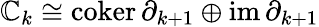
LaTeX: \mathbb{C}_{k}\cong\operatorname{coker}\partial_{k+1}\oplus\operatorname{im}\partial_{k+1}